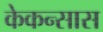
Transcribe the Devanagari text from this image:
केकन्सास